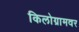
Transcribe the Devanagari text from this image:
किलोग्रामवर